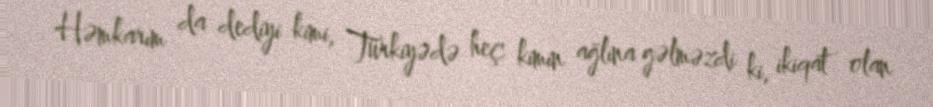
Həmkarım da dediyi kimi, Türkiyədə heç kimin ağlına gəlməzdi ki, ikiqat olan